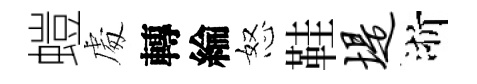
螘䖏轉綸怒鞋堤浙